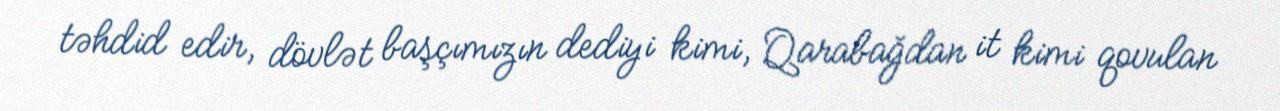
təhdid edir, dövlət başçımızın dediyi kimi, Qarabağdan it kimi qovulan